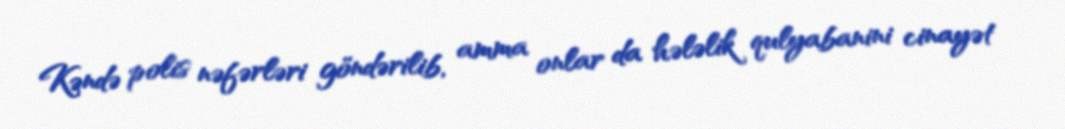
Kəndə polis nəfərləri göndərilib, amma onlar da hələlik qulyabanini cinayət